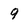
Character: 9